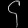
Digit: ၄